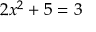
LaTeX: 2 x ^ { 2 } + 5 = 3